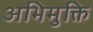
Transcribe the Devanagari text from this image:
अभिमुक्ति